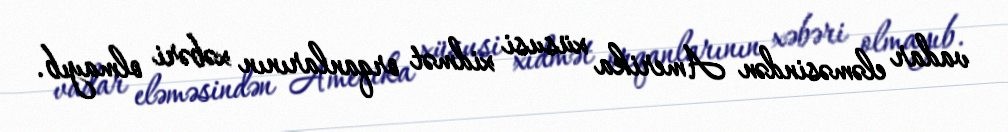
vadar eləməsindən Amerika xüsusi xidmət orqanlarının xəbəri olmayıb.